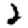
Digit: 2